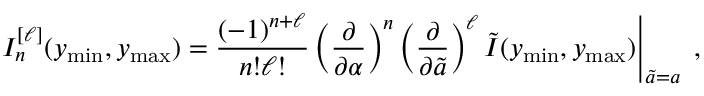
I _ { n } ^ { [ \ell ] } ( y _ { \mathrm { m i n } } , y _ { \mathrm { m a x } } ) \left. = { \frac { ( - 1 ) ^ { n + \ell } } { n ! \ell ! } } \left( \frac { \partial } { \partial \alpha } \right) ^ { n } \left( \frac { \partial } { \partial \tilde { a } } \right) ^ { \ell } \tilde { I } ( y _ { \mathrm { m i n } } , y _ { \mathrm { m a x } } ) \right| _ { \tilde { a } = a } \; ,